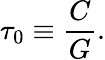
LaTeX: \tau_{0}\equiv\frac{C}{G}.